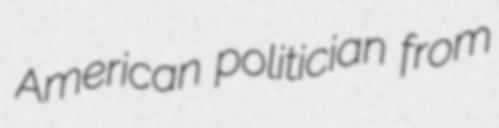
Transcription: American politician from